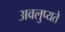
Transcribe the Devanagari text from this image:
अवलुप्यते